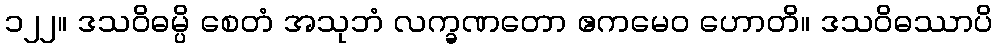
၁၂၂။ ဒသဝိဓမ္ပိ စေတံ အသုဘံ လက္ခဏတော ဧကမေဝ ဟောတိ။ ဒသဝိဓဿာပိ